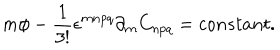
m \phi - \frac { 1 } { 3 ! } \epsilon ^ { m n p q } \partial _ { m } C _ { n p q } = c o n s t a n t .